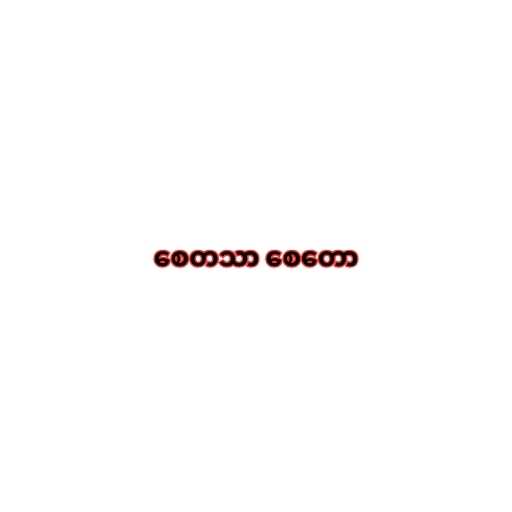
စေတသာ စေတော